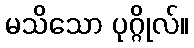
မသိသော ပုဂ္ဂိုလ်။